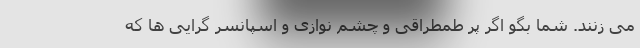
می زنند. شما بگو اگر پر طمطراقی و چشم نوازی و اسپانسر گرایی ها که